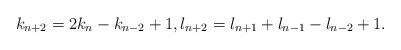
LaTeX: \begin{align*}k_{n+2}=2k_n-k_{n-2} + 1, l_{n+2} = l_{n+1} + l_{n-1} - l_{n-2} + 1.\end{align*}